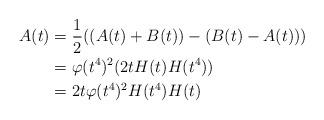
LaTeX: \begin{align*} A(t) &= \frac{1}{2}((A(t)+B(t))-(B(t)-A(t)))\\ &= \varphi(t^4)^2(2tH(t)H(t^4))\\ &= 2t\varphi(t^4)^2H(t^4)H(t)\end{align*}